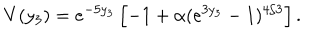
V ( y _ { 3 } ) = e ^ { - 5 y _ { 3 } } \left[ - 1 + \alpha ( e ^ { 3 y _ { 3 } } - 1 ) ^ { 4 / 3 } \right] .